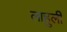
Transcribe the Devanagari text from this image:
लाहुली